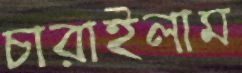
চারাইলাম